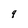
Character: 9